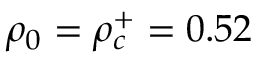
\rho _ { 0 } = \rho _ { c } ^ { + } = 0 . 5 2